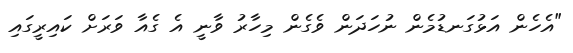
"އެހެން އަޅުގަނޑުމެން ނުހަދަން ވެގެން މިހާރު ވާނީ އެ ގެއާ ވަރަށް ކައިރީގައި